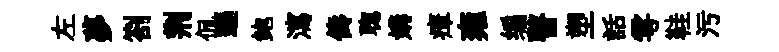
左夢劄荆侃遜鲍瀉儔聦媾瘴雍编瞽塑話雩鞋污